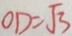
O D = \sqrt { 3 }